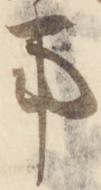
事